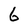
Character: 6